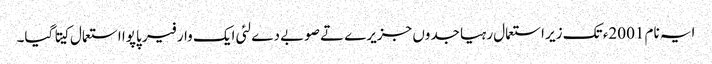
ایہ نام 2001ء تک زیر استعمال رہیا جدوں جزیرے تے صوبے دے لئی ایک وار فیر پاپوا استعمال کیتا گیا۔